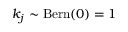
k _ { j } \sim \operatorname { B e r n } ( 0 ) = 1